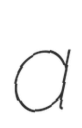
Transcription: a